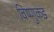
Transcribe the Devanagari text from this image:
विष्णुकड